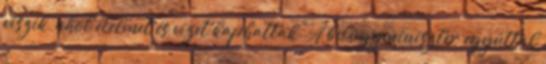
viszik, ahol élelmet és vizet kaphattak. A belügyminiszter egyúttal